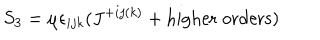
LaTeX: S _ { 3 } = \mu \epsilon _ { i j k } ( J ^ { + i j ( k ) } + \mathrm { h i g h e r \; o r d e r s } )